Reports on military cantonments and civil stations in the Presidency of Bombay inspected by the Sanitary Commissioner in the years 1875 and 1876
Year: 1875
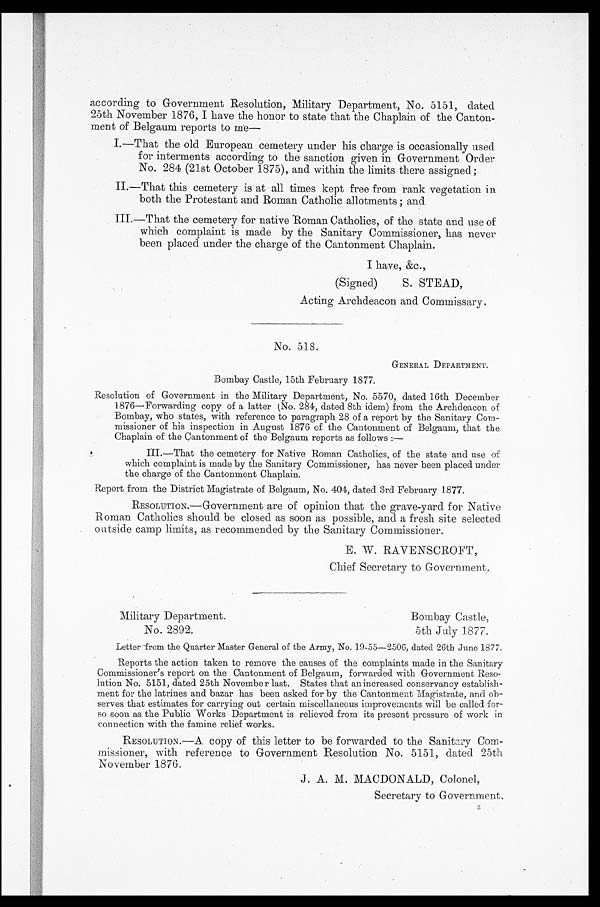
according to Government Resolution, Military Department, No. 5151, dated
25th November 1876, I have the honor to state that the Chaplain of the Canton-
ment of Belgaum reports to me-
I.—That the old European cemetery under his charge is occasionally used
for interments according to the sanction given in Government Order
No. 284 (21st October 1875), and within the limits there assigned;
II.—That this cemetery is at all times kept free from rank vegetation in
both the Protestant and Roman Catholic allotments; and
III.—That the cemetery for native Roman Catholics, of the state and use of
which complaint is made by the Sanitary Commissioner, has never
been placed under the charge of the Cantonment Chaplain.
I have, &c.,
(Signed)
S. STEAD,
A c t i n g A r c h d e a c o n a n d C o m m i s s a r y .
No. 518.
GENERAL DEPARTMENT.
Bombay Castle, 15th February 1877.
Resolution of Government in the Military Department, No. 5570, dated 16th December
1876—Forwarding copy of a latter (No. 284, dated 8th idem) from the Archdeacon of
Bombay, who states, with reference to paragraph 28 of a report by the Sanitary Com-
missioner of his inspection in August 1876 of the Cantonment of Belgaum, that the
Chaplain of the Cantonment of the Belgaum reports as follows :—
III.—That the cemetery for Native Roman Catholics, of the state and use of
which complaint is made by the Sanitary Commissioner, has never been placed under
the charge of the Cantonment Chaplain.
Report from the District Magistrate of Belgaum, No. 404, dated 3rd February 1877.
RESOLUTION.—Government are of opinion that the grave-yard for Native
Roman Catholics should be closed as soon as possible, and a fresh site selected
outside camp limits, as recommended by the Sanitary Commissioner.
E. W. RAVENSCROFT,
Chief Secretary to Government.
Military Department.
Bombay Castle,
No. 2892.
5th July 1877.
Letter from the Quarter Master General of the Army, No. 19-55-2506, dated 26th June 1877.
Reports the action taken to remove the causes of the complaints made in the Sanitary
Commissioner's report on the Cantonment of Belgaum, forwarded with Government Reso-
lution No. 5151, dated 25th November last. States that an increased conservancy establish-
ment for the latrines and bazar has been asked for by the Cantonment Magistrate, and ob-
serves that estimates for carrying out certain miscellaneous improvements will be called for-
so soon as the Public Works Department is relieved from its present pressure of work in
connection with the famine relief works.
RESOLUTION.—A copy of this letter to be forwarded to the Sanitary Com-
missioner, with reference to Government Resolution No. 5151, dated. 25th
November 1876.
J, A. M. MACDONALD, Colonel,
Secretary to Government.